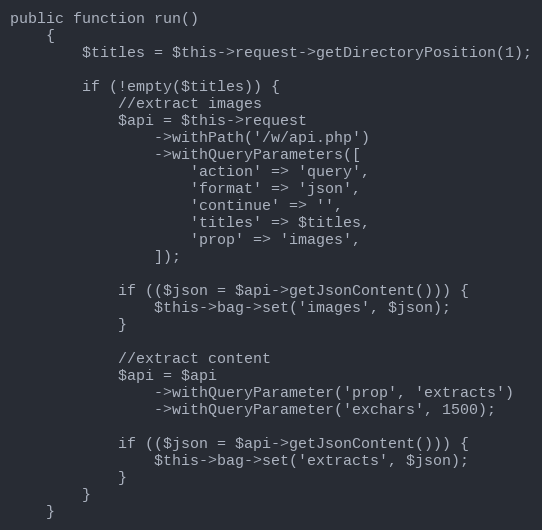
Language: PHP
public function run()
    {
        $titles = $this->request->getDirectoryPosition(1);

        if (!empty($titles)) {
            //extract images
            $api = $this->request
                ->withPath('/w/api.php')
                ->withQueryParameters([
                    'action' => 'query',
                    'format' => 'json',
                    'continue' => '',
                    'titles' => $titles,
                    'prop' => 'images',
                ]);

            if (($json = $api->getJsonContent())) {
                $this->bag->set('images', $json);
            }

            //extract content
            $api = $api
                ->withQueryParameter('prop', 'extracts')
                ->withQueryParameter('exchars', 1500);

            if (($json = $api->getJsonContent())) {
                $this->bag->set('extracts', $json);
            }
        }
    }